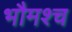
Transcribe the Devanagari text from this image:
भौमश्च